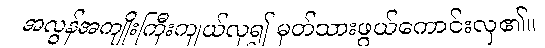
အလွန်အကျိုးကြီးကျယ်လှ၍ မှတ်သားဖွယ်ကောင်းလှ၏။